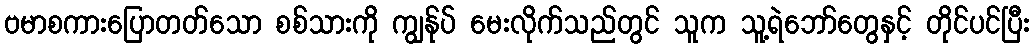
ဗမာစကားပြောတတ်သော စစ်သားကို ကျွန်ုပ် မေးလိုက်သည်တွင် သူက သူ့ရဲဘော်တွေနှင့် တိုင်ပင်ပြီး